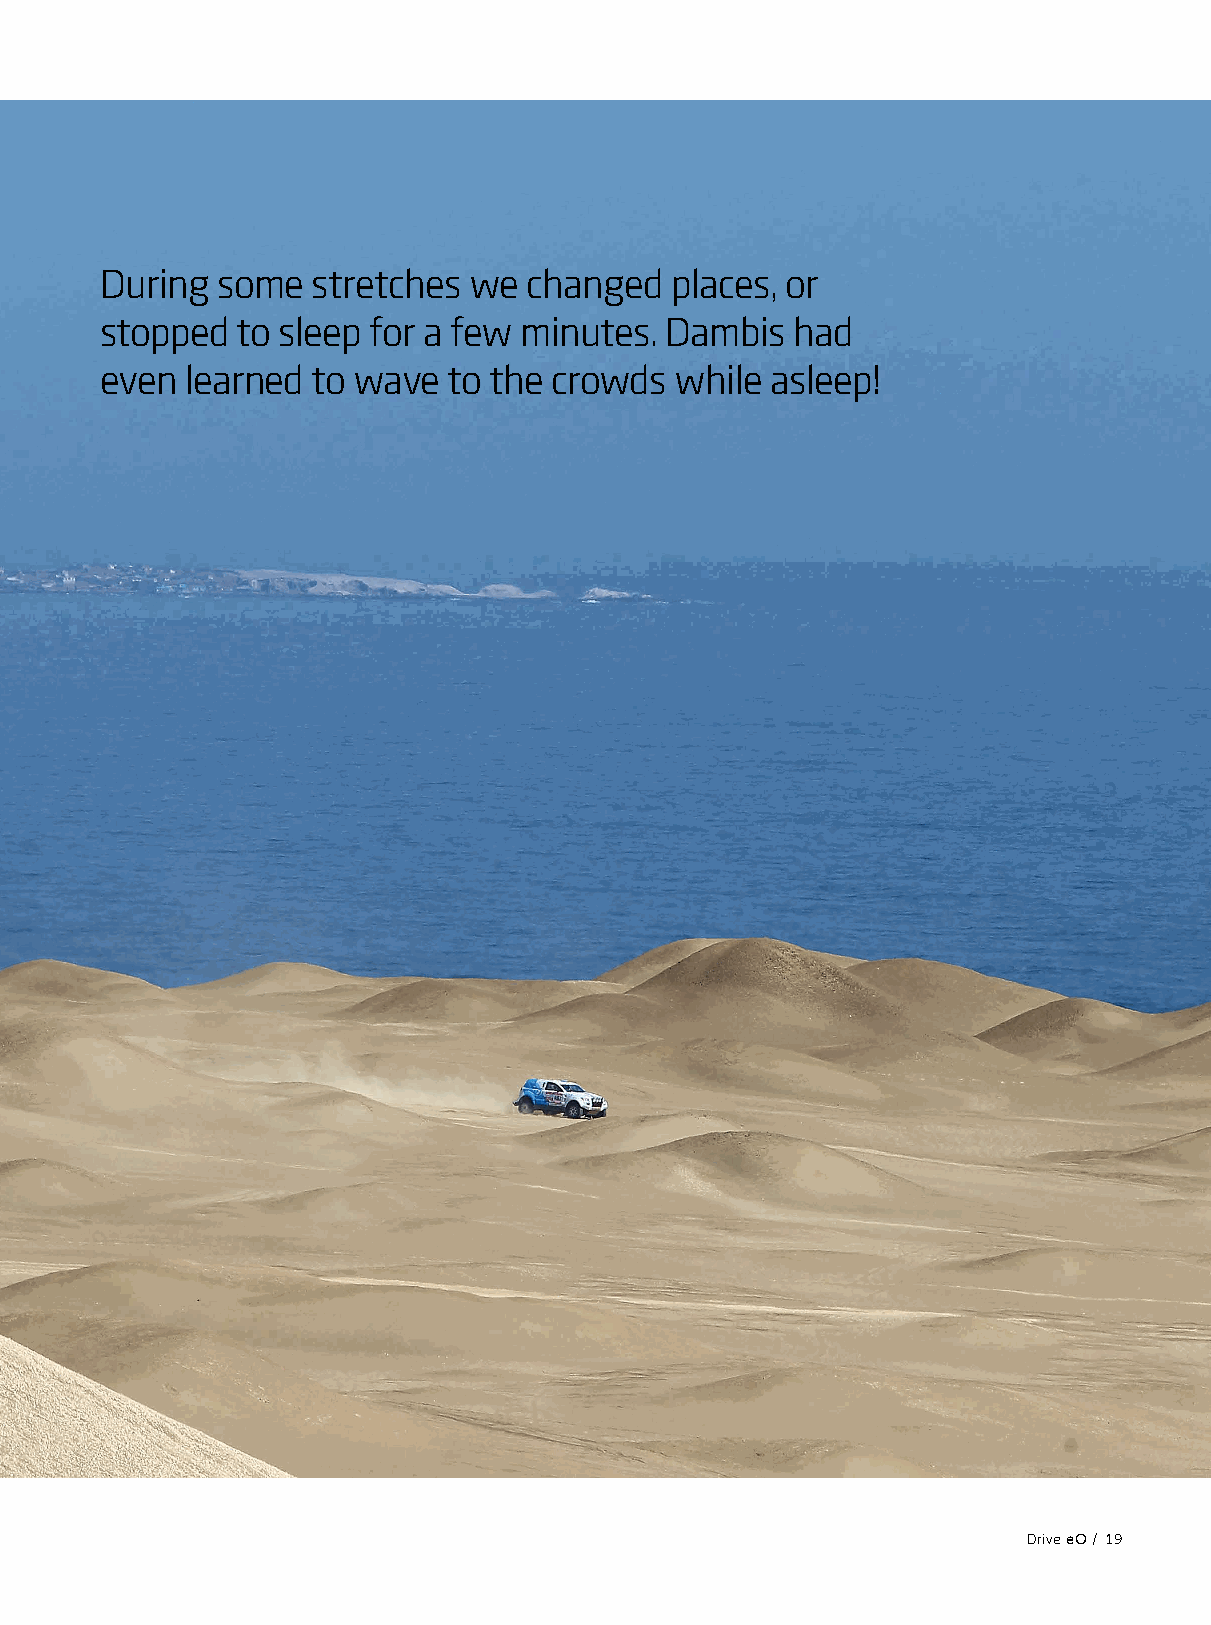
During some   stretches we  changed  places, or
 stopped  to sleep for a few minutes. Dambis   had
 even learned  to wave  to the crowds  while asleep!
 Drive eO / 19